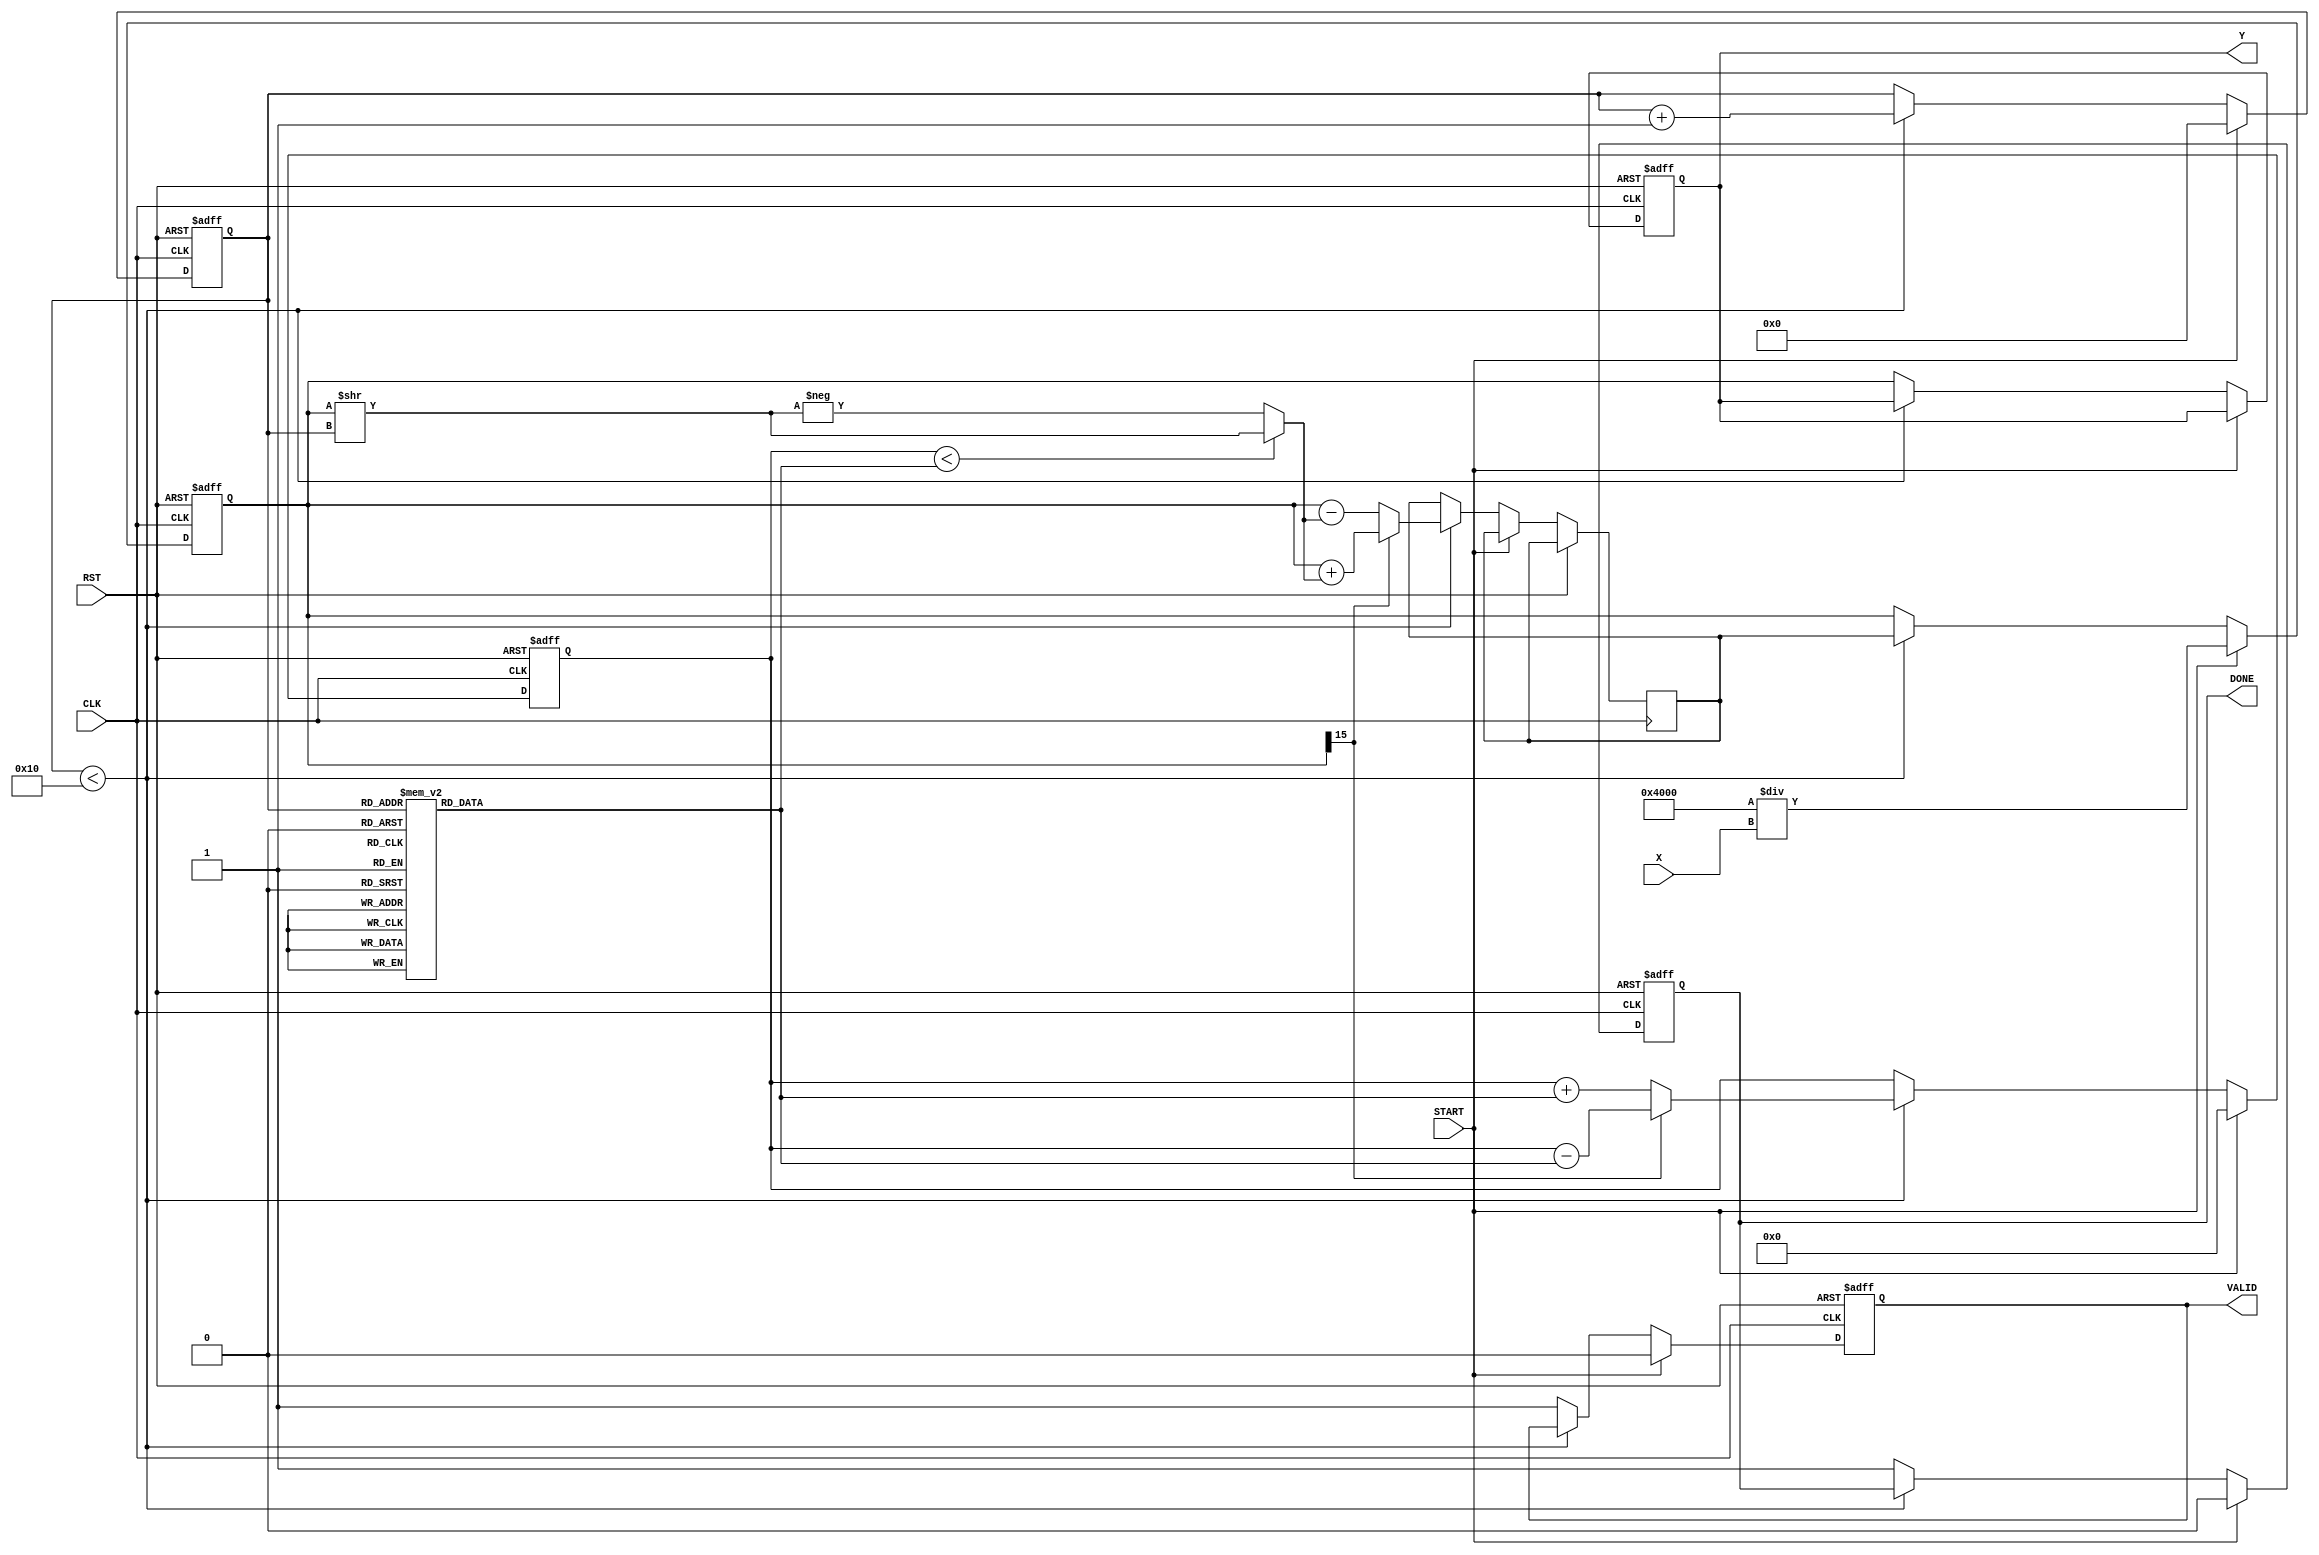
module cordic_reciprocal (
    input wire [15:0] X,         // Input Value (fixed-point representation)
    input wire START,            // Control Signal to initiate computation
    input wire CLK,              // Clock signal
    input wire RST,              // Asynchronous reset signal
    output reg [15:0] Y,         // Reciprocal Value (fixed-point representation)
    output reg VALID,            // Valid signal
    output reg DONE              // Done signal
);

    // Parameter definitions
    parameter NUM_ITERATIONS = 16; // Number of CORDIC iterations
    parameter FIXED_POINT_SCALE = 16'h4000; // Scale factor for fixed-point (1.0 in Q1.15)

    // Internal signals
    reg [15:0] angle_table [0:NUM_ITERATIONS-1]; // Angle lookup table
    reg [15:0] current_value;        // Current value in CORDIC computation
    reg [15:0] current_angle;        // Current angle in CORDIC computation
    reg [3:0] iteration_count;       // Iteration counter
    reg [15:0] temp_value;           // Temporary value for calculations

    // Initializing angle lookup table
    initial begin
        angle_table[0] = 16'h3FFF; // atan(1) = 45 degrees in Q1.15
        angle_table[1] = 16'h1FF9; // atan(0.5) 
        angle_table[2] = 16'h0FFC; // atan(0.25)
        angle_table[3] = 16'h07F0; // atan(0.125)
        angle_table[4] = 16'h03FE; // atan(0.0625)
        angle_table[5] = 16'h01FF; // atan(0.03125)
        // Continue filling the table for more iterations...
        // The values should be calculated based on atan(1/2^n) for n = 0 to NUM_ITERATIONS-1
    end

    // State machine for control flow
    always @(posedge CLK or posedge RST) begin
        if (RST) begin
            Y <= 16'b0;
            VALID <= 1'b0;
            DONE <= 1'b0;
            iteration_count <= 4'b0;
            current_value <= 16'b0;
            current_angle <= 16'b0;
        end else if (START) begin
            // Initialization
            current_value <= FIXED_POINT_SCALE / X; // Initial estimate
            current_angle <= 16'b0;
            iteration_count <= 4'b0;
            VALID <= 1'b0;
            DONE <= 1'b0;
        end else if (iteration_count < NUM_ITERATIONS) begin
            // CORDIC iteration
            if (current_value[15]) begin
                // If negative, rotate in the opposite direction
                temp_value <= current_value + (current_angle < angle_table[iteration_count] ? (current_value >> iteration_count) : -(current_value >> iteration_count));
                current_angle <= current_angle - angle_table[iteration_count];
            end else begin
                temp_value <= current_value - (current_angle < angle_table[iteration_count] ? (current_value >> iteration_count) : -(current_value >> iteration_count));
                current_angle <= current_angle + angle_table[iteration_count];
            end
            current_value <= temp_value;
            iteration_count <= iteration_count + 1;
        end else begin
            // Final stage, computation done
            Y <= current_value;
            VALID <= 1'b1;
            DONE <= 1'b1;
        end
    end

endmodule